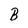
Character: B